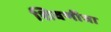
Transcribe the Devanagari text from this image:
शिवणीचा